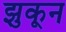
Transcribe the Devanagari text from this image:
झुकून